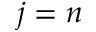
j = n